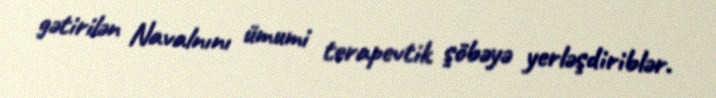
gətirilən Navalnını ümumi terapevtik şöbəyə yerləşdiriblər.